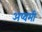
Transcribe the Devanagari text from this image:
अष्वमी